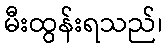
မီးထွန်းရသည်၊